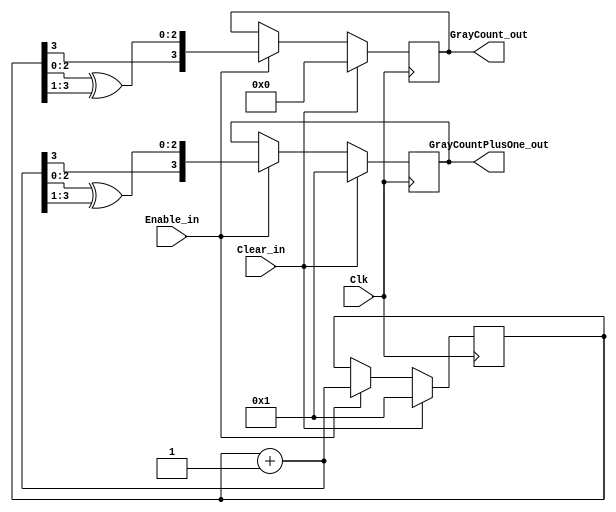
//==========================================
// Function : Code Gray counter.
// Coder    : Alex Claros F.
//=======================================

`timescale 1ns/1ps

module GrayCounter
  #(parameter   COUNTER_WIDTH = 4)
   (output reg  [COUNTER_WIDTH-1:0]    GrayCount_out,
    output reg  [COUNTER_WIDTH-1:0]    GrayCountPlusOne_out,
    input wire Enable_in,
    input wire Clear_in,
    input wire Clk);

   reg [COUNTER_WIDTH-1:0] BinaryCount;
   wire [COUNTER_WIDTH-1:0] BinaryCountPlusOne;

   assign BinaryCountPlusOne = (BinaryCount + 1);

   always @ (posedge Clk)
     if (Clear_in) begin
        BinaryCount   <= {COUNTER_WIDTH{1'b 0}} + 1;
        GrayCount_out <= {COUNTER_WIDTH{1'b 0}};
        GrayCountPlusOne_out <= {COUNTER_WIDTH{1'b 0}} + 1;
     end else if (Enable_in) begin
        BinaryCount   <= BinaryCountPlusOne;
        GrayCount_out <= {BinaryCount[COUNTER_WIDTH-1],
                          BinaryCount[COUNTER_WIDTH-2:0] ^
                          BinaryCount[COUNTER_WIDTH-1:1]};
        GrayCountPlusOne_out <= {BinaryCountPlusOne[COUNTER_WIDTH-1],
                                 BinaryCountPlusOne[COUNTER_WIDTH-2:0] ^
                                 BinaryCountPlusOne[COUNTER_WIDTH-1:1]};
     end
   
endmodule